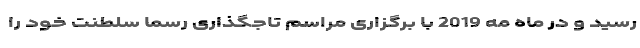
رسید و در ماه مه 2019 با برگزاری مراسم تاجگذاری رسما سلطنت خود را